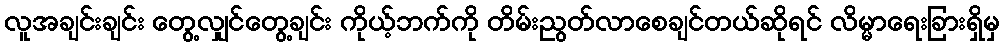
လူအချင်းချင်း တွေ့လျှင်တွေ့ချင်း ကိုယ့်ဘက်ကို တိမ်းညွတ်လာစေချင်တယ်ဆိုရင် လိမ္မာရေးခြားရှိမှ